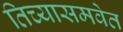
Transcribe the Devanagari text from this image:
तिच्यासमवेत